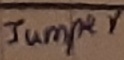
Text: JUMPER